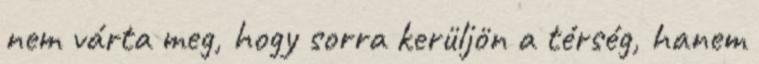
nem várta meg, hogy sorra kerüljön a térség, hanem